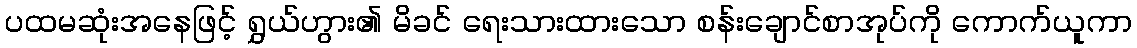
ပထမဆုံးအနေဖြင့် ရွှယ်ဟွား၏ မိခင် ရေးသားထားသော စန်းချောင်စာအုပ်ကို ကောက်ယူကာ